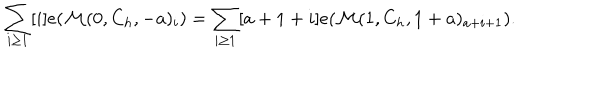
LaTeX: \sum _ { i \geq 1 } [ i ] e ( \mathcal { M } ( 0 , C _ { h } , - a ) _ { i } ) = \sum _ { i \geq 1 } [ a + 1 + i ] e ( \mathcal { M } ( 1 , C _ { h } , 1 + a ) _ { a + i + 1 } ) .